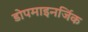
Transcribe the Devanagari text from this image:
डोपमाइनर्जिक